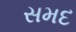
સમદ